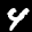
Label: 4